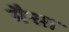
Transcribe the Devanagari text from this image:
मैसा